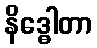
နိဒ္ဓေါတာ